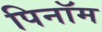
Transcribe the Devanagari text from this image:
पिनॉम